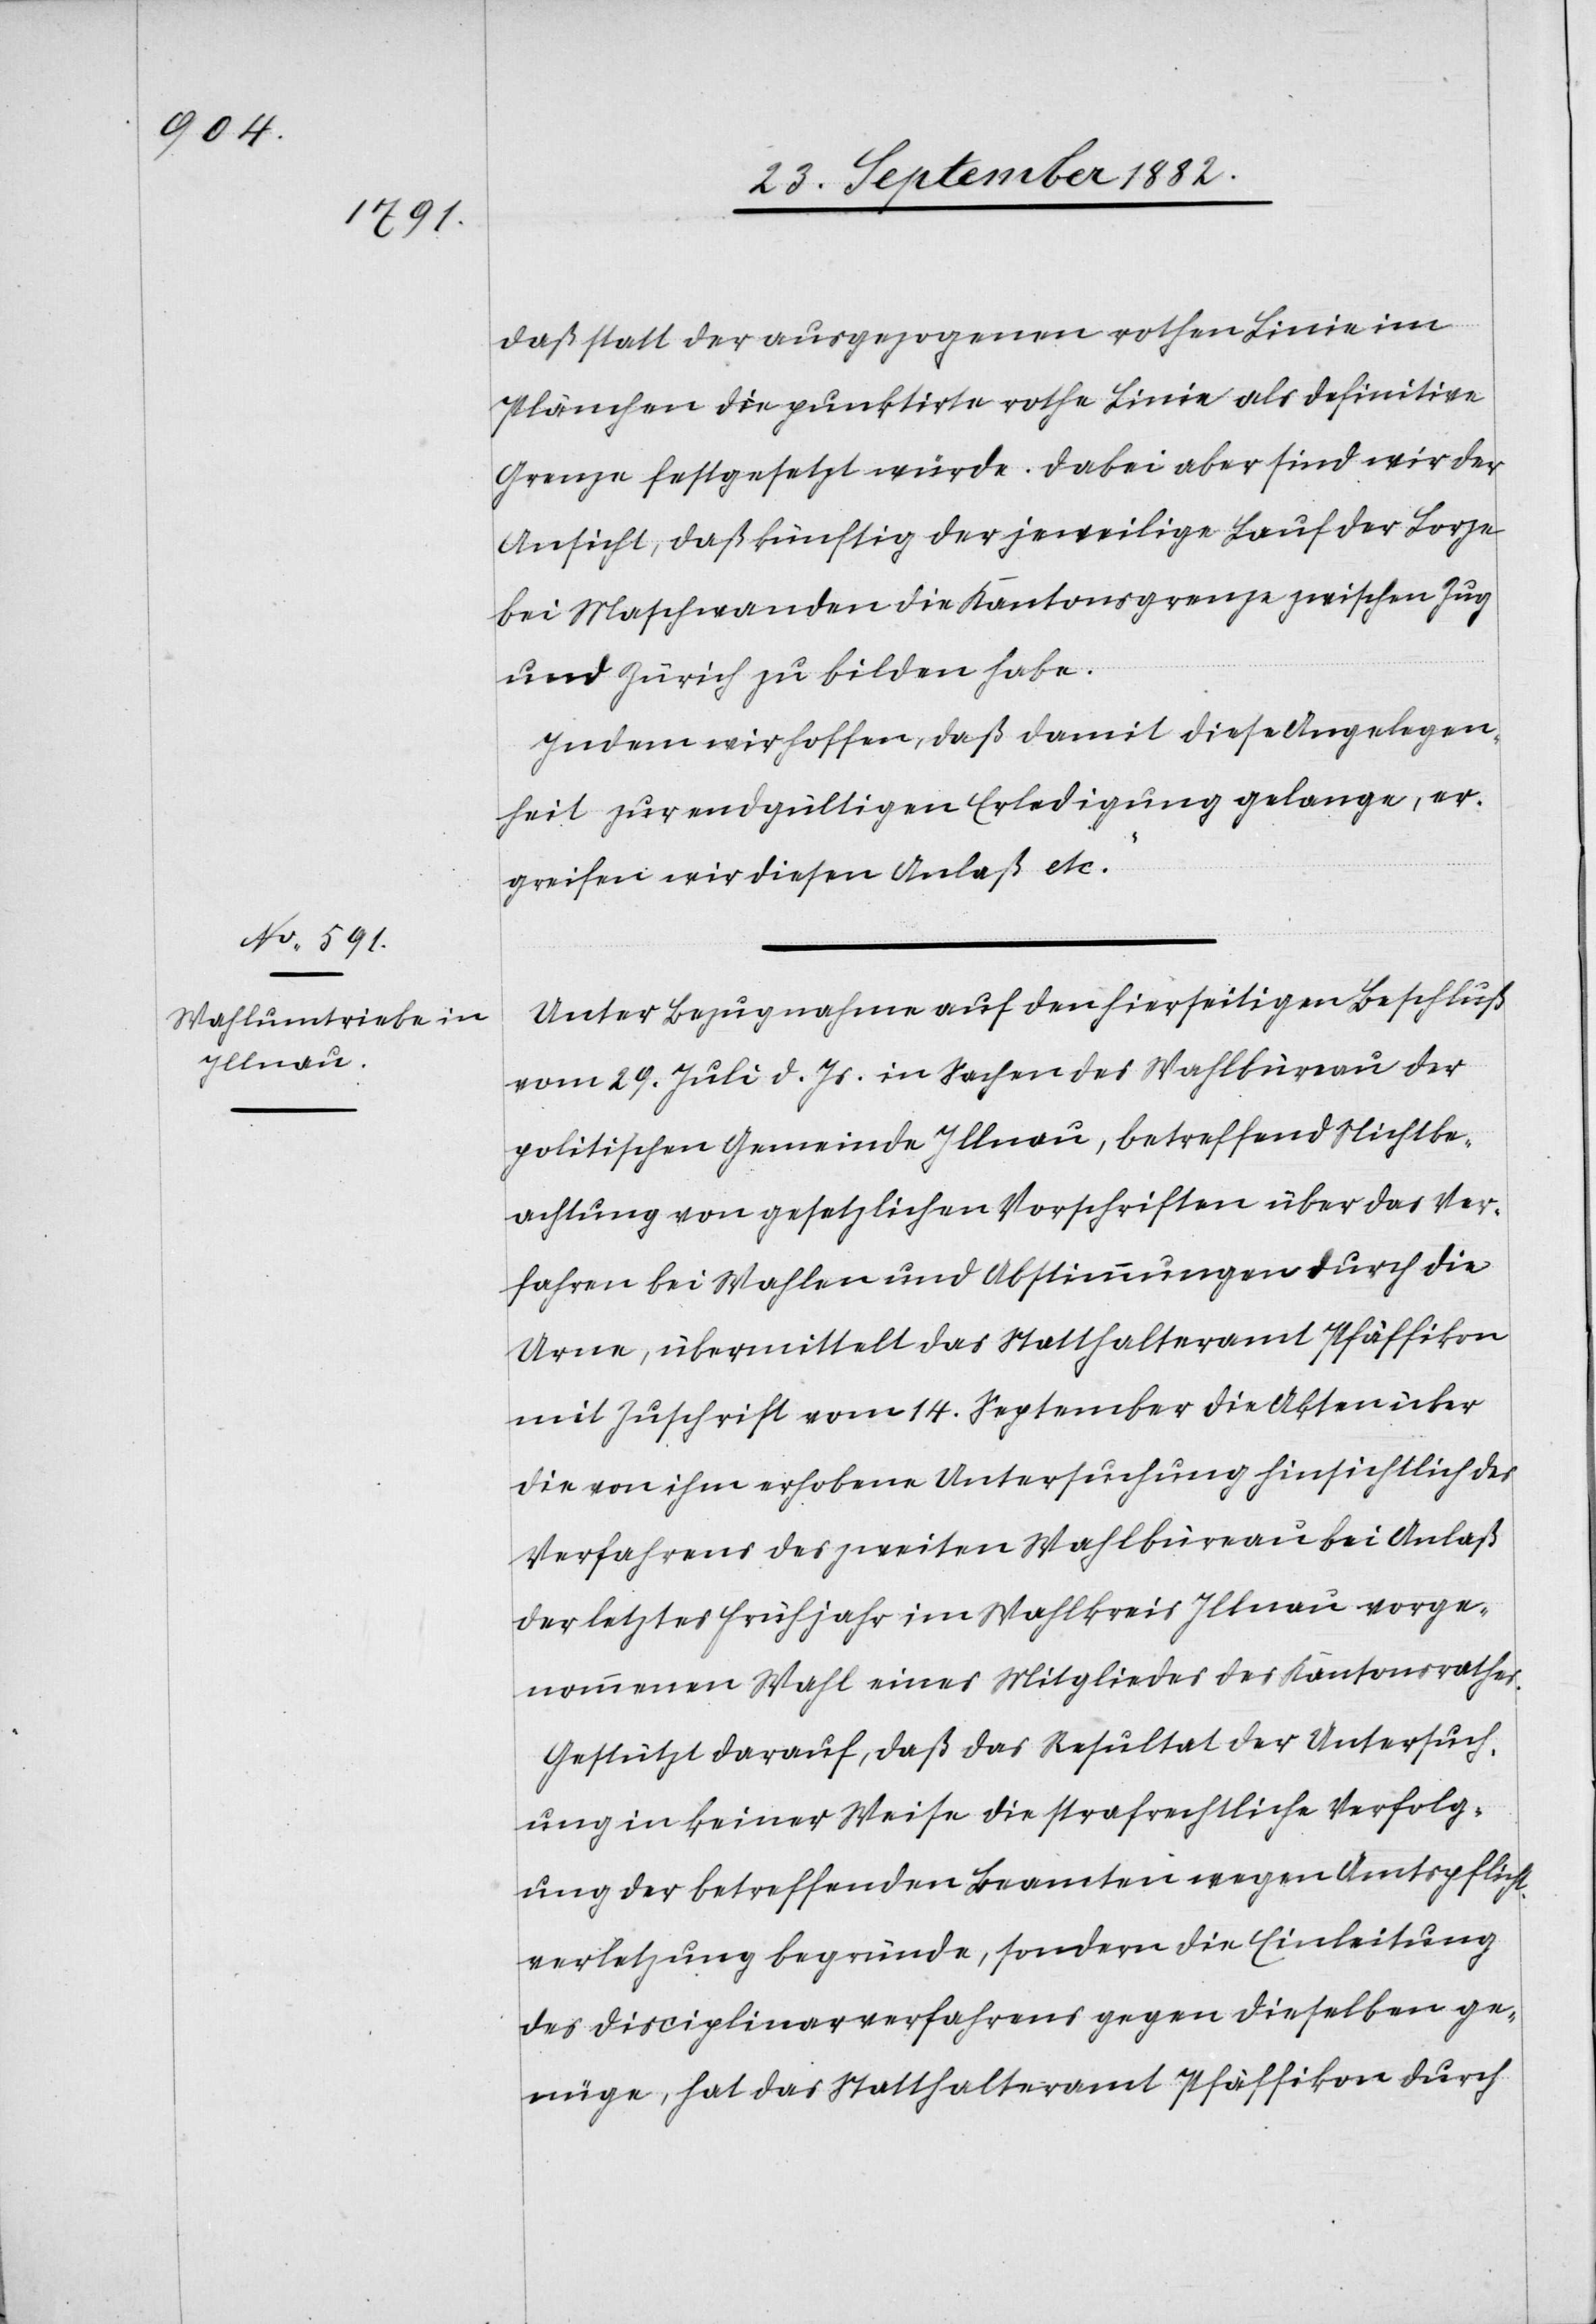
daß statt der ausgezognene rothen Linie im
Plänchen die punktirte rothe Linie als definitive
Grenze festgesetzt würde. Dabei aber sind wir der
Ansicht, daß künftig der jeweilige Lauf der Lorze
bei Maschwanden die Kantonsgrenze zwischen Zug
und Zürich zu bilden habe.
Indem wir hoffen, daß damit diese Angelegen¬
heit zur endgültigen Erledigung gelange, er¬
greifen wir diesen Anlaß etc.“
Unter Bezugnahme auf den hierseitigen Beschluß
vom 29. Juli d. Js. in Sachen des Wahlbüreau der
politischen Gemeinde Illnau, betreffend Nichtbe¬
achtung von gesetzlichen Vorschriften über das Ver¬
fahren bei Wahlen und Abstimmungen durch die
Urne, übermittelt das Statthalteramt Pfäffikon
mit Zuschrift vom 14. September die Akten über
die von ihm erhobene Untersuchung hinsichtlich des
Verfahrens des zweiten Wahlbüreau bei Anlaß
der letztes Frühjahr im Wahlkreis Illnau vorge¬
nommenen Wahl eines Mitgliedes des Kantonsrathes.
Gestützt darauf, daß das Resultat der Untersuch¬
ung in keiner Weise die strafrechtliche Verfolg¬
ung der betreffenden Beamten wegen Amtspflicht¬
verletzung begründe, sondern die Einleitung
des Disciplinarverfahrens gegen dieselben ge¬
nüge, hat das Statthalteramt Pfäffikon durch